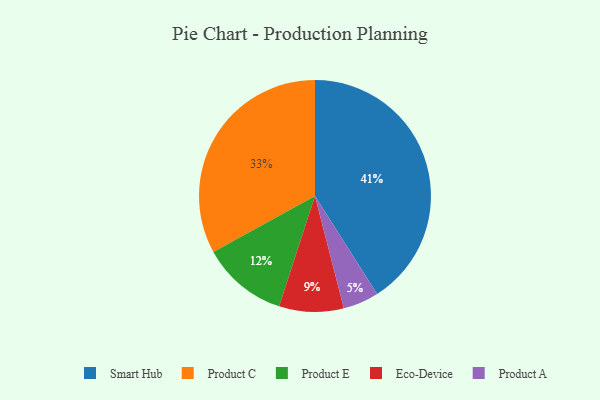
{"axis": {"x": "Category", "y": "Percentage"}, "legend": ["Eco-Device", "Product A", "Product C", "Product E", "Smart Hub"], "data": [{"x": "Smart Hub", "y": 41, "type": "Smart Hub"}, {"x": "Product C", "y": 33, "type": "Product C"}, {"x": "Eco-Device", "y": 9, "type": "Eco-Device"}, {"x": "Product E", "y": 12, "type": "Product E"}, {"x": "Product A", "y": 5, "type": "Product A"}]}